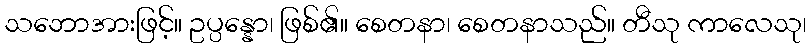
သဘောအားဖြင့်။ ဥပ္ပန္နော၊ ဖြစ်၏။ စေတနာ၊ စေတနာသည်။ တီသု ကာလေသု၊